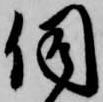
伺